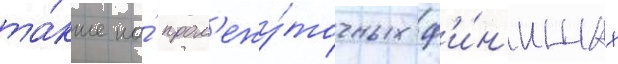
та́кже на́ пром'ежу́точных ф'и́н'ишах